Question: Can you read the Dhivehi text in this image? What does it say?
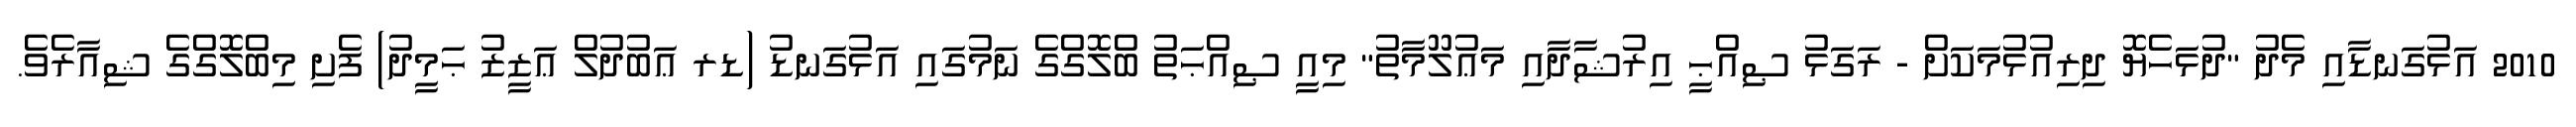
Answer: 2010 އަޅުގަނޑާއި މެދު "ދުޅަހެޔޮ ދިރިއުޅުމަކަށް - ރަގަޅު ޞިއްޙީ އިރުޝާދާއި މަޢުލޫމާތު" މިއީ ޞިއްޙަތު ބްލޮގްގެ ނަމުގައި އަޅުގަނޑު (ޑރ ޢަބުދުލް ޢަޒީޒު ޙަމީދު) ފެށި މިބްލޮގްގެ ޝިއާރެވެ.